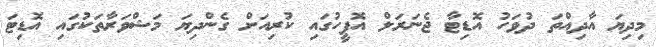
މިދިޔަ އާދިއްތަ ދުވަހު އޮޑިޓާ ޖެނަރަލް އޮފީހުގައި ކުރިއަށް ގެންދިޔަ މަޝްވަރާތަކުގައި އޮޑިޓަ